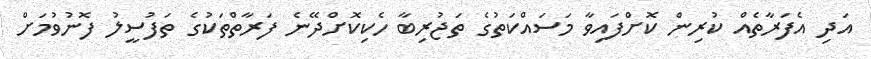
އަދި އެފަރާތެއް ކުރިން ކޮށްފައިވާ މަސައްކަތުގެ ތަޖުރިބާ ހެކިކޮށްދޭނެ ފަރާތްތަކުގެ ތަފުސީލު ފޮނުވުމަށް